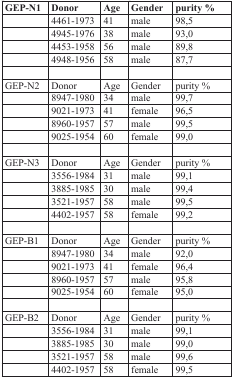
| GEP-N1 | Donor | Age | Gender | purity % |
 | --- | --- | --- | --- | --- |
 |  | 4461-1973 | 41 | male | 98,5 |
 |  | 4945-1976 | 38 | male | 93,0 |
 |  | 4453-1958 | 56 | male | 89,8 |
 |  | 4948-1956 | 58 | male | 87,7 |
 | GEP-N2 | Donor | Age | Gender | purity % |
 |  | 8947-1980 | 34 | male | 99,7 |
 |  | 9021-1973 | 41 | female | 96,5 |
 |  | 8960-1957 | 57 | male | 99,5 |
 |  | 9025-1954 | 60 | female | 99,0 |
 | GEP-N3 | Donor | Age | Gender | purity % |
 |  | 3556-1984 | 31 | male | 99,1 |
 |  | 3885-1985 | 30 | male | 99,4 |
 |  | 3521-1957 | 58 | male | 99,5 |
 |  | 4402-1957 | 58 | female | 99,2 |
 | GEP-B1 | Donor | Age | Gender | purity % |
 |  | 8947-1980 | 34 | male | 92,0 |
 |  | 9021-1973 | 41 | female | 96,4 |
 |  | 8960-1957 | 57 | male | 95,8 |
 |  | 9025-1954 | 60 | female | 95,0 |
 | GEP-B2 | Donor | Age | Gender | purity % |
 |  | 3556-1984 | 31 | male | 99,1 |
 |  | 3885-1985 | 30 | male | 99,0 |
 |  | 3521-1957 | 58 | male | 99,6 |
 |  | 4402-1957 | 58 | female | 99,5 |